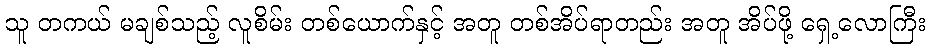
သူ တကယ် မချစ်သည့် လူစိမ်း တစ်ယောက်နှင့် အတူ တစ်အိပ်ရာတည်း အတူ အိပ်ဖို့ ရှေ့လောကြီး